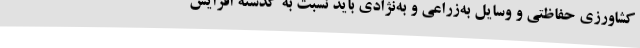
کشاورزی حفاظتی و وسایل به‌زراعی و به‌نژادی باید نسبت به گذشته افزایش